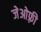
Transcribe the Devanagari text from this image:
जेओफ़्री